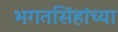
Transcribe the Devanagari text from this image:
भगतसिंहांच्या